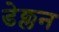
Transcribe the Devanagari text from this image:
डेक्लन